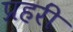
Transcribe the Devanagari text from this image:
प्रहरीं